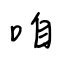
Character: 咱